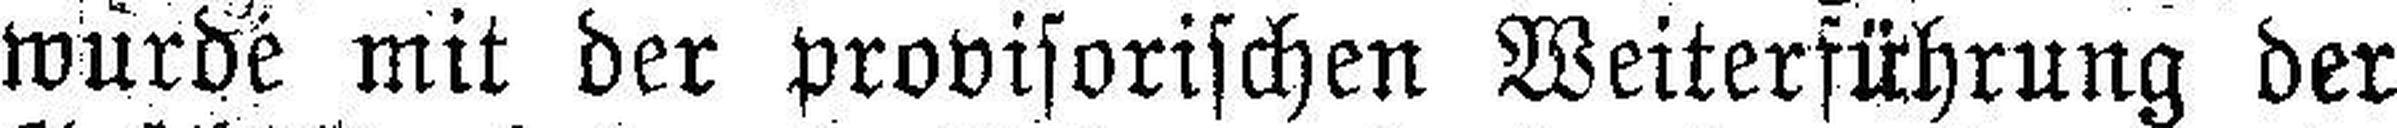
wurde mit der provisorischen Weiterführung der